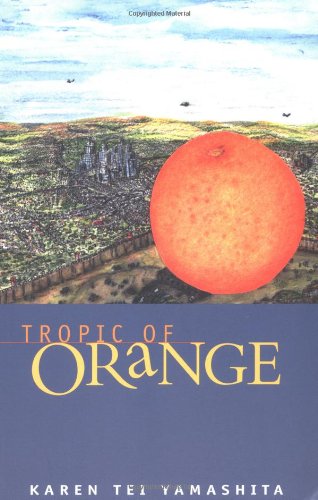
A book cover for Tropic of Orange; Karen Tei Yamashita; Science Fiction & Fantasy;